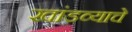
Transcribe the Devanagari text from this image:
खांडव्याचे